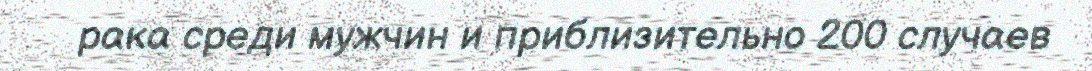
рака среди мужчин и приблизительно 200 случаев